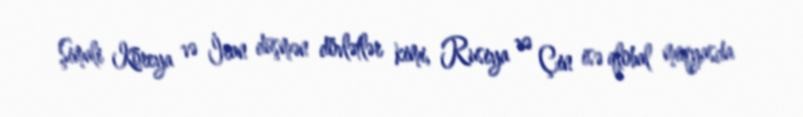
Şimali Koreya və İran düşmən dövlətlər kimi, Rusiya və Çin isə qlobal miqyasda